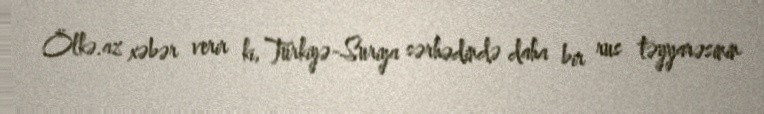
Ölkə.az xəbər verir ki, Türkiyə-Suriya sərhədində daha bir rus təyyarəsinin